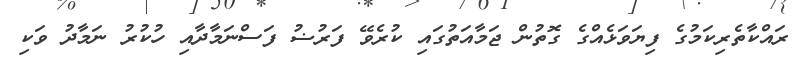
ރައްކާތެރިކަމުގެ ފިޔަވަޅެއްގެ ގޮތުން ޖަމާއަތުގައި ކުރެވޭ ފަރުޟު ފަސްނަމާދާއި ހުކުރު ނަމާދު ވަކި